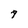
Character: 7